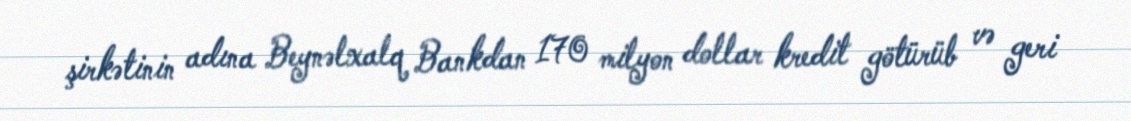
şirkətinin adına Beynəlxalq Bankdan 170 milyon dollar kredit götürüb və geri